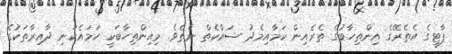
ޕާޓީގެ އެތެރޭގެ އިންތިހާބުގެ ތެރެއިން ކަމާއިމެދު ޝައްކެތް ނެތެވެ. މިއިންތިހާބަކީ ހަމައެކަނި ދާއިރާތަކުގެ